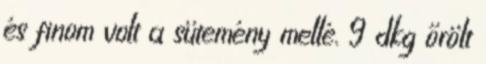
és finom volt a sütemény mellé. 9 dkg őrölt